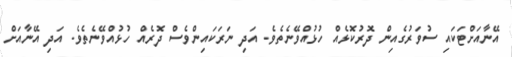
އޭނާއަށްޓަކައި ސުވަރުގެއިން ދޮރުކޮޅެއް ހުޅުއްވޭނެތެވެ. އަދި ނަރަކައިންވެސް ދޮރެއް ހުޅުއްވޭނެތެވެ. އަދި އޭނާއަށް